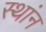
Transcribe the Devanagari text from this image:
स्थांन